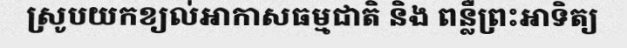
ស្រូបយកខ្យល់អាកាសធម្មជាតិ និង ពន្លឺព្រះអាទិត្យ